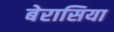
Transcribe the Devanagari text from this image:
बेरासिया